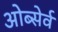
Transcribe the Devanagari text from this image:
ओब्सेर्व